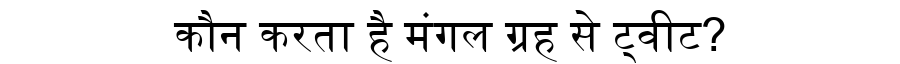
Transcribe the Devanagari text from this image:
कौन करता है मंगल ग्रह से ट्वीट?